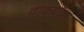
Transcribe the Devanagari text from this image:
वाक्याँश